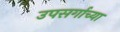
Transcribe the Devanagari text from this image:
उपसर्गाच्या